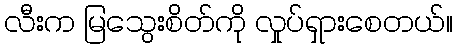
လီးက မြသွေးစိတ်ကို လှုပ်ရှားစေတယ်။